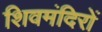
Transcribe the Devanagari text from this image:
शिवमंदिरों